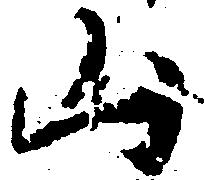
山